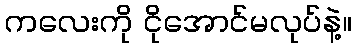
ကလေးကို ငိုအောင်မလုပ်နဲ့။